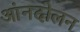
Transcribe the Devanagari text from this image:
आंनदोलन